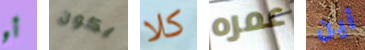
أو يكون كلا عمره أين